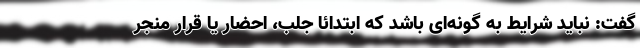
گفت: نباید شرایط به گونه‌ای باشد که ابتدائا جلب، احضار یا قرار منجر